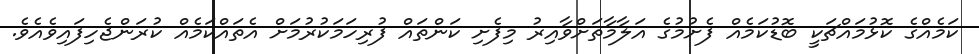
ކަމެއްގެ ކޮޅުމައްޗަކީ ބޮޑުކަމެއް ފެށުމުގެ އަލާމާތަށްވާއިރު މިފެށި ކަންތައް ފުރިހަމަކުރުމަށް އެތައްކަމެއް ކުރަންޖެހިފައިވެއެވެ.